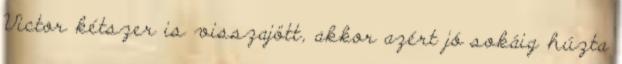
Victor kétszer is visszajött, akkor azért jó sokáig húzta